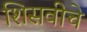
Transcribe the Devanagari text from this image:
शिसवीचे